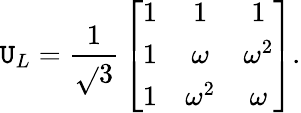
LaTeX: \mathtt{U}_{L}={\frac{{1}}{{\sqrt{}{3}}}}\left[\begin{array}{ccc}{{1}}&{{1}}&{{1}}\\ {{1}}&{{\omega}}&{{\omega^{2}}}\\ {{1}}&{{\omega^{2}}}&{{\omega}}\end{array}\right].